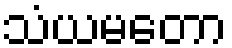
သံယမတော